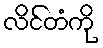
လိင်တံကို